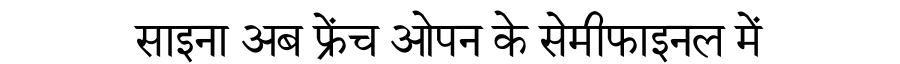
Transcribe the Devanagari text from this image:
साइना अब फ्रेंच ओपन के सेमीफाइनल में